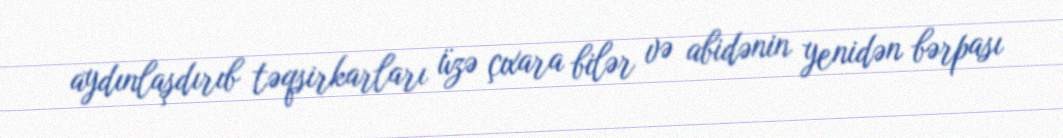
aydınlaşdırıb təqsirkarları üzə çıxara bilər və abidənin yenidən bərpası